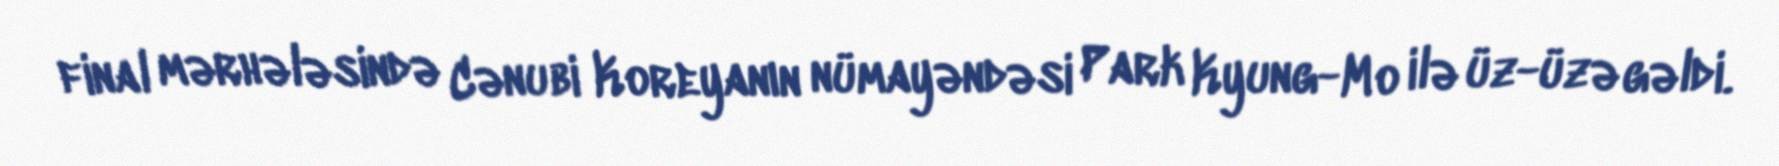
final mərhələsində Cənubi Koreyanın nümayəndəsi Park Kyung-Mo ilə üz-üzə gəldi.